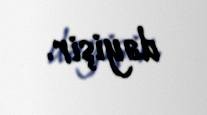
dəyişir.